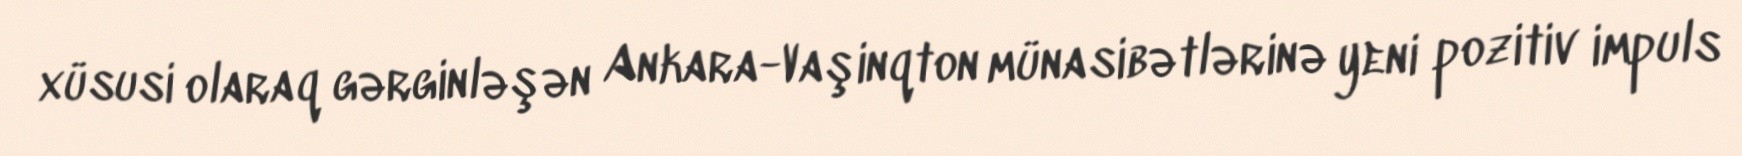
xüsusi olaraq gərginləşən Ankara-Vaşinqton münasibətlərinə yeni pozitiv impuls